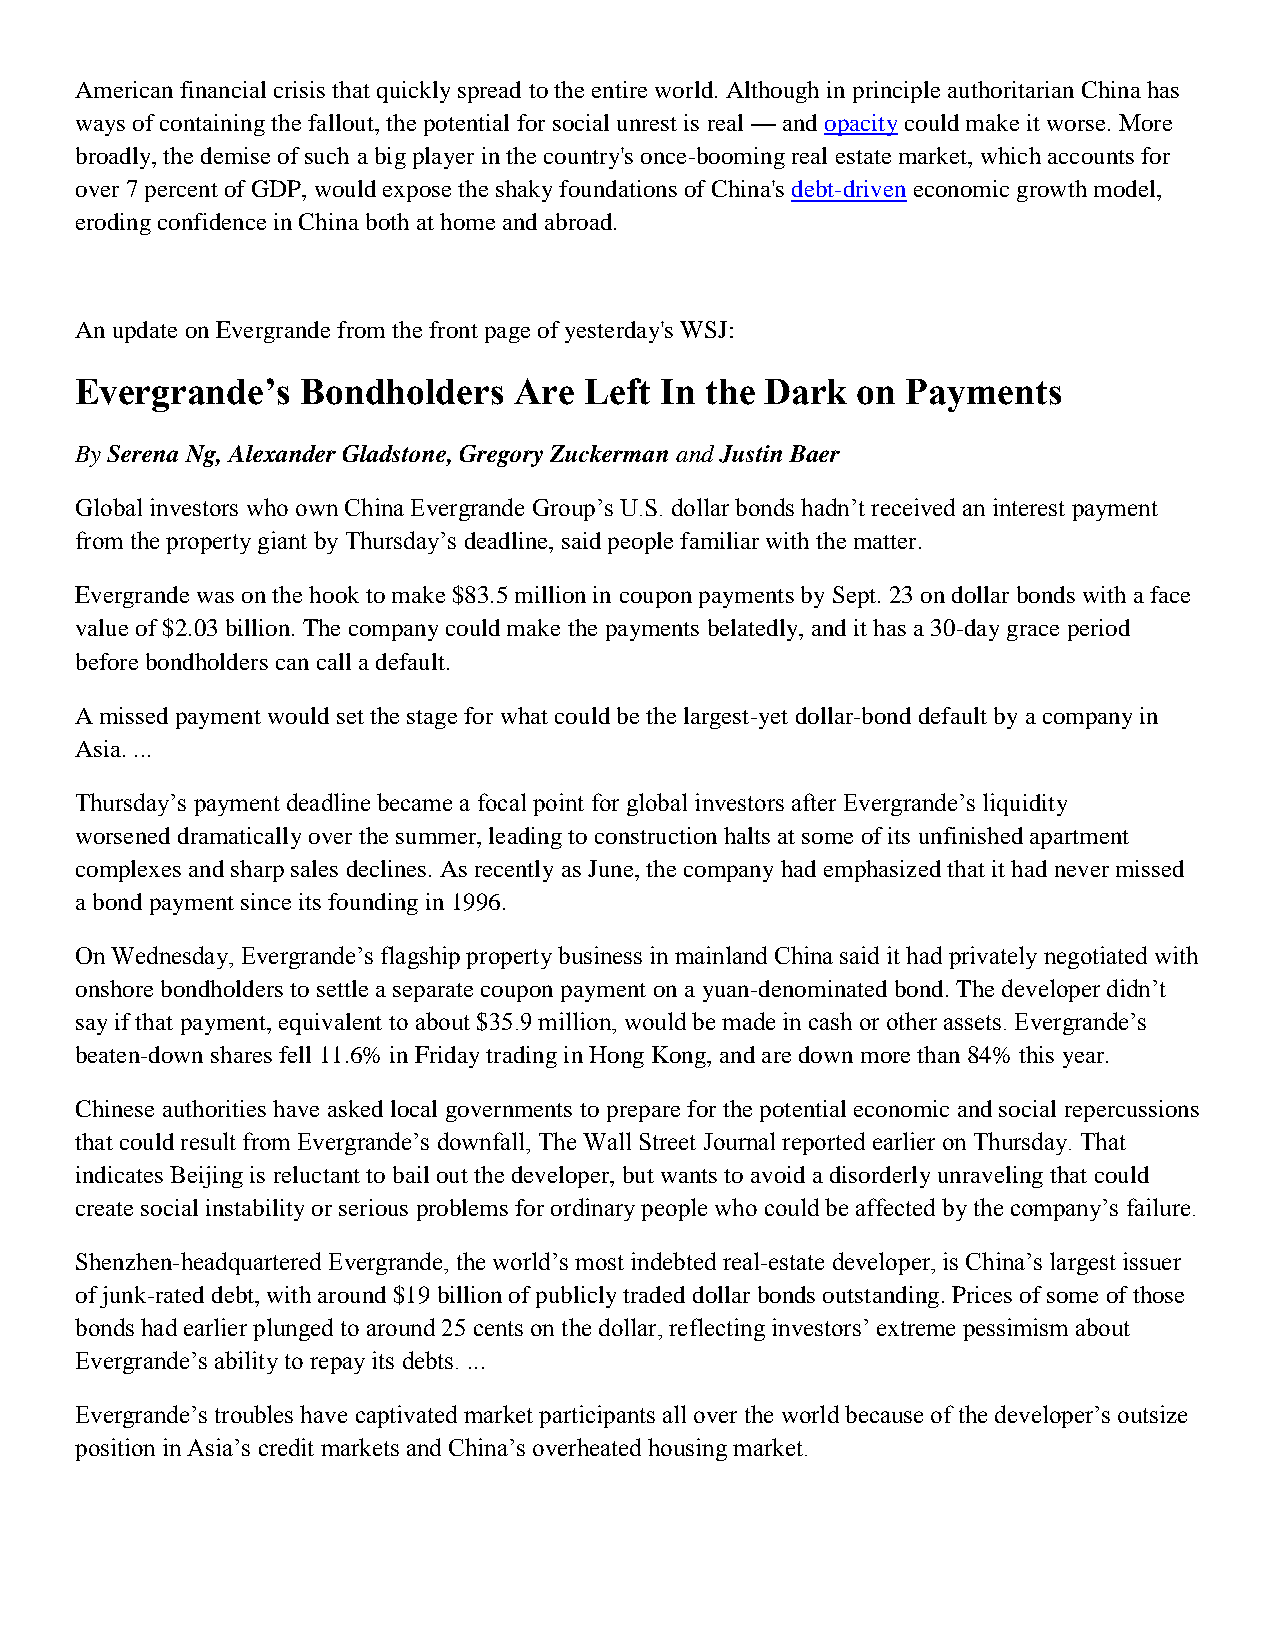
American financial crisis that quickly spread to the entire world. Although in principle authoritarian China has
 ways of containing the fallout, the potential for social unrest is real — and opacity could make it worse. More
 broadly, the demise of such a big player in the country's once-booming real estate market, which accounts for
 over 7 percent of GDP, would expose the shaky foundations of China's debt-driven economic growth model,
 eroding confidence in China both at home and abroad.
 An update on Evergrande from the front page of yesterday's WSJ:
 Evergrande’s   Bondholders   Are  Left In the Dark  on Payments
 By Serena Ng, Alexander Gladstone, Gregory Zuckerman and Justin Baer
 Global investors who own China Evergrande Group’s U.S. dollar bonds hadn’t received an interest payment
 from the property giant by Thursday’s deadline, said people familiar with the matter.
 Evergrande was on the hook to make $83.5 million in coupon payments by Sept. 23 on dollar bonds with a face
 value of $2.03 billion. The company could make the payments belatedly, and it has a 30-day grace period
 before bondholders can call a default.
 A missed payment would set the stage for what could be the largest-yet dollar-bond default by a company in
 Asia. ...
 Thursday’s payment deadline became a focal point for global investors after Evergrande’s liquidity
 worsened dramatically over the summer, leading to construction halts at some of its unfinished apartment
 complexes and sharp sales declines. As recently as June, the company had emphasized that it had never missed
 a bond payment since its founding in 1996.
 On Wednesday, Evergrande’s flagship property business in mainland China said it had privately negotiated with
 onshore bondholders to settle a separate coupon payment on a yuan-denominated bond. The developer didn’t
 say if that payment, equivalent to about $35.9 million, would be made in cash or other assets. Evergrande’s
 beaten-down shares fell 11.6% in Friday trading in Hong Kong, and are down more than 84% this year.
 Chinese authorities have asked local governments to prepare for the potential economic and social repercussions
 that could result from Evergrande’s downfall, The Wall Street Journal reported earlier on Thursday. That
 indicates Beijing is reluctant to bail out the developer, but wants to avoid a disorderly unraveling that could
 create social instability or serious problems for ordinary people who could be affected by the company’s failure.
 Shenzhen-headquartered Evergrande, the world’s most indebted real-estate developer, is China’s largest issuer
 of junk-rated debt, with around $19 billion of publicly traded dollar bonds outstanding. Prices of some of those
 bonds had earlier plunged to around 25 cents on the dollar, reflecting investors’ extreme pessimism about
 Evergrande’s ability to repay its debts. ...
 Evergrande’s troubles have captivated market participants all over the world because of the developer’s outsize
 position in Asia’s credit markets and China’s overheated housing market.